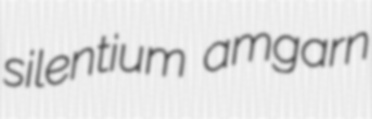
silentium amgarn